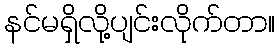
နင်မရှိလို့ပျင်းလိုက်တာ။